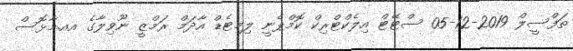
ތަފްސީލް 2019-12-05 ސްޓޭޓް އިލެކްޓްރިކް ކޮމްޕެނީ ލިމިޓެޑް އާދަމް ރަމްޒީ ނޫވިލާގެ އއ.މާޅޮސް